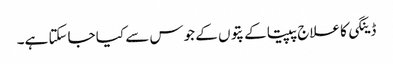
ڈینگی کا علاج پپیتا کے پتوں کے جوس سے کیا جاسکتا ہے۔